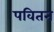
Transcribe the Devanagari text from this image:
पवितन